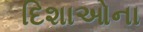
દિશાઓના